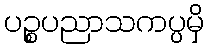
ပဉ္စပညာသကပ္ပမှိ